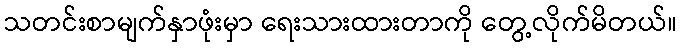
သတင်းစာမျက်နှာဖုံးမှာ ရေးသားထားတာကို တွေ့လိုက်မိတယ်။